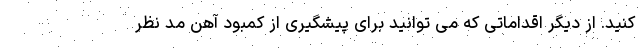
کنید. از دیگر اقداماتی که می توانید برای پیشگیری از کمبود آهن مد نظر